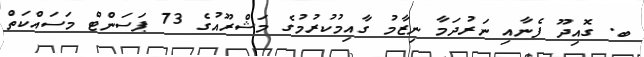
ބ. ގޮއިދޫ ފެނާއި ނަރުދަމާ ނިޒާމު ގާއިމުކުރުމުގެ މަޝްރޫއުގެ 73 ޕަސަންޓް މަސައްކަތް